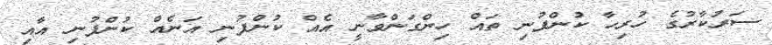
ސަރުކާރުގެ ހުރިހާ ކުންފުނި ތައް ހިންގަންވާނީ އެއް ކުންފުނި އަނެއް ކުންފުނި އާއި